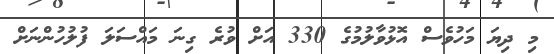
މި ދިޔަ މަހުވެސް އޮޅުވާލުމުގެ 330 އަށް ވުރެ ގިނަ މައްސަލަ ފުލުހުންނަށް